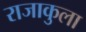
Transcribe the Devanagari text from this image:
राजाकुला